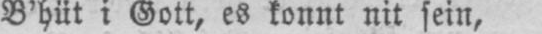
B’hüt i Gott, es konnt nit sein,